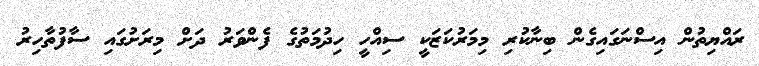
ރައްޔިތުން އިސްނަގައިގެން ބިނާކުރި މިމަރުކަޒަކީ ސިއްހީ ހިދުމަތުގެ ފެންވަރު ދަށް މިރަށުގައި ސާފުތާހިރު